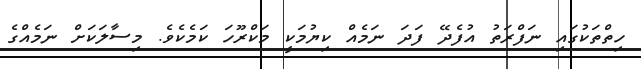
ހިތްތަކުގައި ނަފްރަތު އުފެދޭ ފަދަ ނަމެއް ކިޔުމަކީ މަކްރޫހަ ކަމެކެވެ. މިސާލަކަށް ނަމެއްގެ